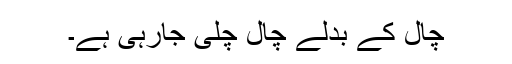
چال کے بدلے چال چلی جارہی ہے۔